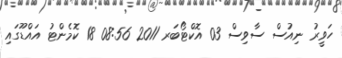
ހަވީރު ނިއުސް ސާވިސް 03 އޮކްޓޯބަރ 2011 08:56 18 ކޮމެންޓު އައްޑޫގައި